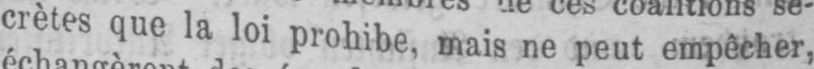
crètes que la loi prohibe, mais ne peut empêcher,